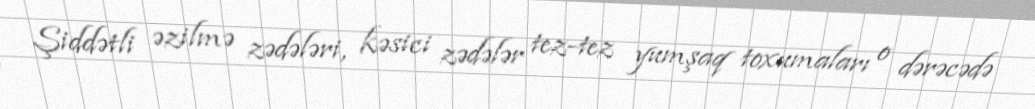
Şiddətli əzilmə zədələri, kəsici zədələr tez-tez yumşaq toxumaları o dərəcədə